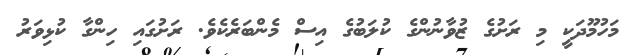
މަހުމޫދަކީ މި ރަށުގެ ޒުވާނުންގެ ކުލަބުގެ އިސް މެންބަރެކެވެ. ރަށުގައި ހިންގާ ކުޅިވަރު